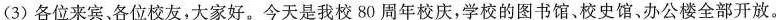
（3）各位来宾、各位校友，大家好。今天是我校80周年校庆，学校的图书馆、校史馆、办公楼全部开放。